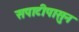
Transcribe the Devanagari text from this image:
सपाटीपासुन